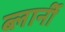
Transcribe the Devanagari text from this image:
ब्लार्नी